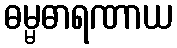
ဓမ္မဓာရဏာယ